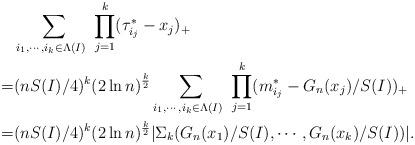
LaTeX: \begin{align*}&\sum_{i_1,\cdots,i_{k}\in\Lambda(I)\ }\prod_{j=1}^k( {\tau}^*_{i_j}-x_j)_+\\=&(nS(I)/4)^k(2\ln n)^{\frac{k}{2}}\sum_{i_1,\cdots,i_{k}\in\Lambda(I)\ }\prod_{j=1}^k( {m}^*_{i_j}-G_n(x_j)/S(I))_+\\=&(nS(I)/4)^k(2\ln n)^{\frac{k}{2}}|\Sigma_k(G_n(x_1)/S(I),\cdots,G_n(x_k)/S(I))|.\end{align*}